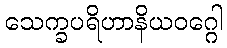
သေက္ခပရိဟာနိယဝဂ္ဂေါ